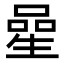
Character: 𠻖